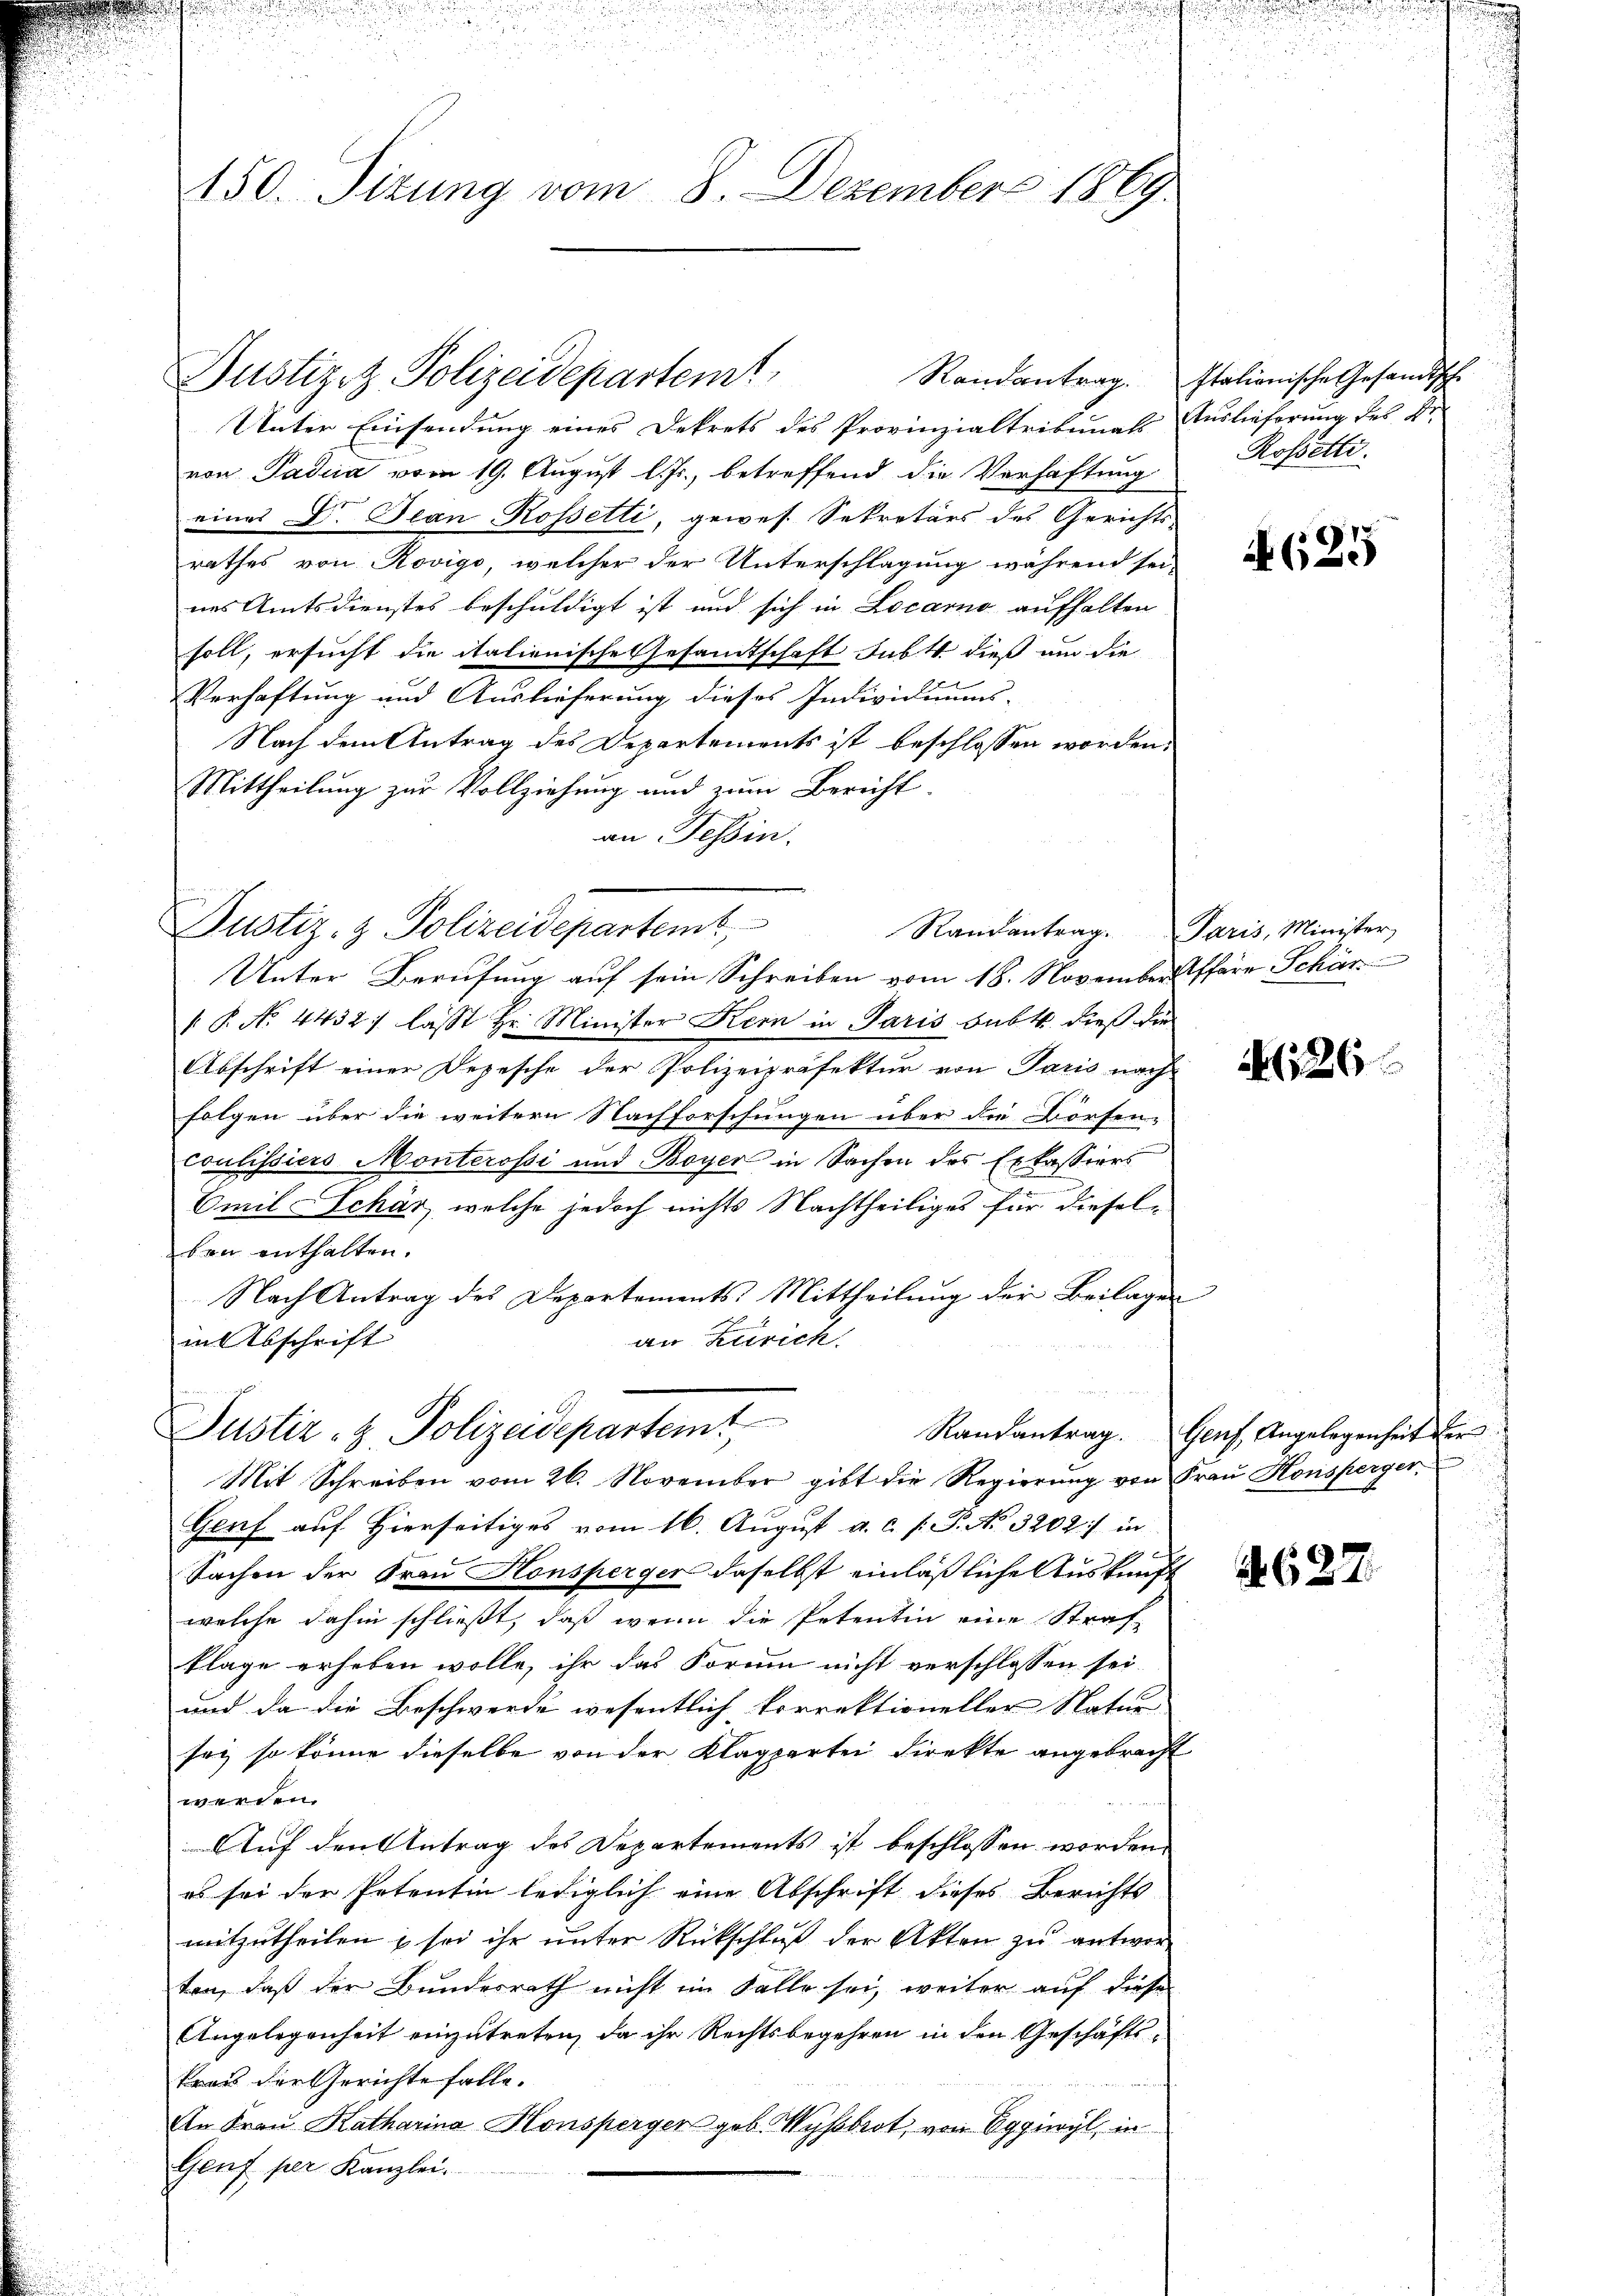
150. Sitzung vom 8. Dezember 1869.

Unter Einsendung eines Dekrets des Provinzialtribunals Auslieferung des Fr
von Padia vom 19. August l. Js., betreffend die Verhaftung
eines Dr. Jean Rossetti, gewes. Sekretärs des Gerichts-
rathes von Rovigo, welcher der Unterschlagung während sei
nes Amtsdienstes beschuldigt ist und sich in Locarno aufhalten
soll, ersucht die italienische Gesandtschaft subt. dieß um die
Verhaftung und Auslieferung dieses Individiums-
Nach dem Antrag des Departements ist beschlossen worden.
Mittheilung zur Vollziehung und zum Bericht
an Tessin.
Justiz- & Polizeidepartemt
Randantrag.
Unter Berufung auf sein Schreiben vom 18. November Pfarr Schär
 P. No. 4432) lässt Hr. Minister Kern in Paris bubt. dieß die
Abschrift einer Depesche der Polizeipräfektur von Paris nach
folgen über die weitern Nachforschungen über die Börsen-
coulissiers Monterossi und Boyer in Sachen des Exkassiers
Emil Schar, welche jedoch nichts Nachtheiliges für dieselben enthalten.
Nach Antrag des Departements-Mittheilung der Beilagen
an Zürich.
in Abschrift

Justizez Polizeidepartem

Justiz- & Polizeidepartemt
Mit Schreiben vom 26. November gibt die Regierŭng von Fraŭ Honsperger

Randantrag. Italienische Gesandtsche
Rosetti.

Genf auf Hierseitiges vom 16. August a. c. f. P. No. 3202:/ in
Sachen der Frau Honsperger daselbst einläßliche Auskunft
welche dahin schließt, daß wenn die Petentin eine Straf-
klage erheben wolle, ihr das Form nicht verschlossen sei.
und da die Beschwerde wesentlich korrektioneller Natur
sey so könne dieselbe von der Klagpartei direkte angebracht
werden.
Auf den Antrag des Departements ist beschlossen worden.
es sei der Petentin lediglich eine Abschrift dieses Berichts
mitzutheilen & sei ihr unter Rückschluß der Akten zu antwor
ten, daß der Bundesrath nicht im Falle sei, weiter auf diese
Angelegenheit einzŭtreten, da ihr Rechtsbegehren in den Geschäftskros der Gerichte falle.
An Frau Katharina Honsperger geb. Wysbrot, von Eggiwyl, in
Genf per Kanzlei.

s
A

Paris, Minister,

A126

Randantrag. Genf, Angelegenheit der

62